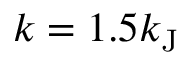
k = 1 . 5 k _ { \mathrm { J } }